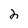
Character: 2